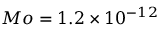
M o = 1 . 2 \times 1 0 ^ { - 1 2 }